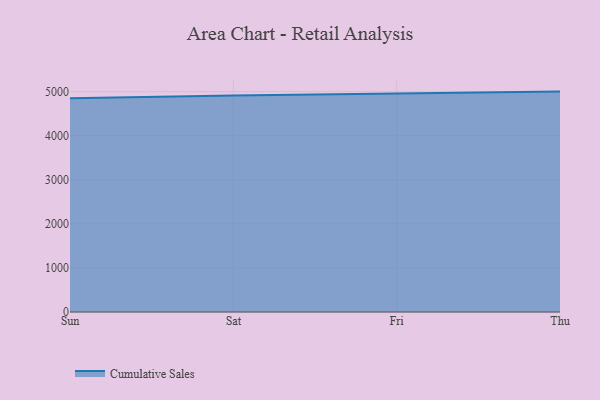
{"axis": {"x": "Day", "y": "Operating Costs (USD K)"}, "legend": ["Cumulative Sales"], "data": [{"x": "Sun", "y": 4847.3, "type": "Cumulative Sales"}, {"x": "Sat", "y": 4909.8, "type": "Cumulative Sales"}, {"x": "Fri", "y": 4954.2, "type": "Cumulative Sales"}, {"x": "Thu", "y": 5000, "type": "Cumulative Sales"}]}